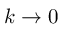
k \rightarrow 0